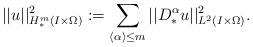
LaTeX: \begin{align*}||u||^2_{H^m_{\ast}(I\times\Omega)}:=\sum_{\langle\alpha\rangle\leq m}||D^{\alpha}_{\ast}u||^2_{L^2(I\times\Omega)}.\end{align*}